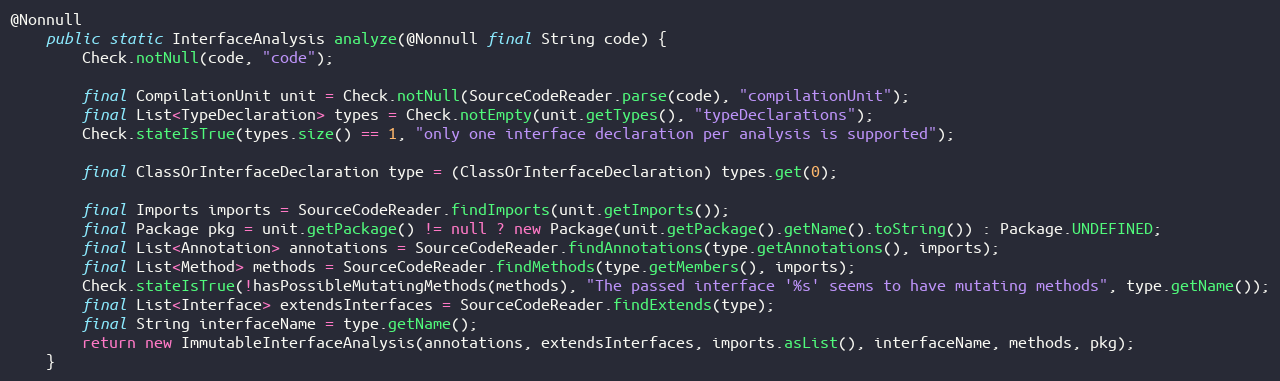
Language: Java
@Nonnull
	public static InterfaceAnalysis analyze(@Nonnull final String code) {
		Check.notNull(code, "code");

		final CompilationUnit unit = Check.notNull(SourceCodeReader.parse(code), "compilationUnit");
		final List<TypeDeclaration> types = Check.notEmpty(unit.getTypes(), "typeDeclarations");
		Check.stateIsTrue(types.size() == 1, "only one interface declaration per analysis is supported");

		final ClassOrInterfaceDeclaration type = (ClassOrInterfaceDeclaration) types.get(0);

		final Imports imports = SourceCodeReader.findImports(unit.getImports());
		final Package pkg = unit.getPackage() != null ? new Package(unit.getPackage().getName().toString()) : Package.UNDEFINED;
		final List<Annotation> annotations = SourceCodeReader.findAnnotations(type.getAnnotations(), imports);
		final List<Method> methods = SourceCodeReader.findMethods(type.getMembers(), imports);
		Check.stateIsTrue(!hasPossibleMutatingMethods(methods), "The passed interface '%s' seems to have mutating methods", type.getName());
		final List<Interface> extendsInterfaces = SourceCodeReader.findExtends(type);
		final String interfaceName = type.getName();
		return new ImmutableInterfaceAnalysis(annotations, extendsInterfaces, imports.asList(), interfaceName, methods, pkg);
	}